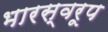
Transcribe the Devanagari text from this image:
भारस्वरूप